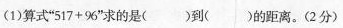
(1)算式”$$5 1 7 + 9 6$$”求的是( )到( )的距离。(2分)